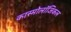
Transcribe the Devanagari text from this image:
कास्मोलॉजिकल